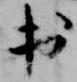
出